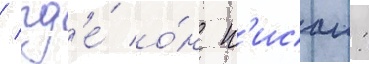
/ гд'е́ о́н п'исал: